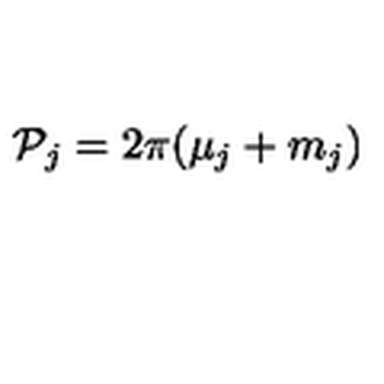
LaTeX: { \cal P } _ { j } = 2 \pi ( \mu _ { j } + m _ { j } )